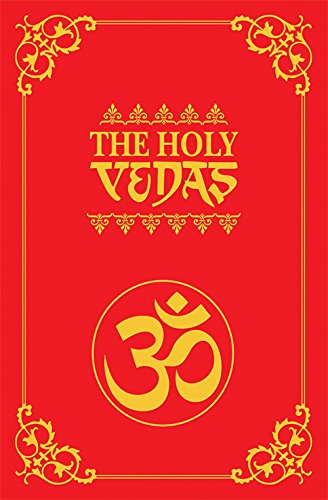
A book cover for The Holy Vedas; Pandit Satyakam Vidyalankar; Religion & Spirituality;